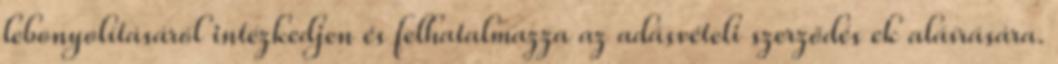
lebonyolításáról intézkedjen és felhatalmazza az adásvételi szerződés ek aláírására.